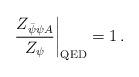
LaTeX: \begin{align*}\left. \frac{Z_{\bar{\psi}\psi A}}{Z_\psi} \right|_{\rm QED} = 1\, .\end{align*}